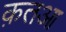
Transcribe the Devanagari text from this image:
क़तआ